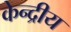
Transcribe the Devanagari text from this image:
केन्‍द्रीय